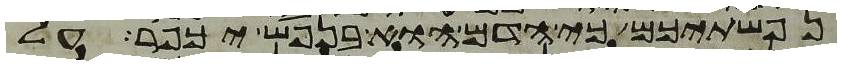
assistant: נפשתיכם כי הדם הוא בנפש יכפר על